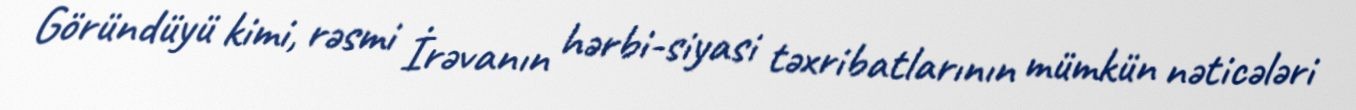
Göründüyü kimi, rəsmi İrəvanın hərbi-siyasi təxribatlarının mümkün nəticələri